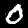
Digit: 0